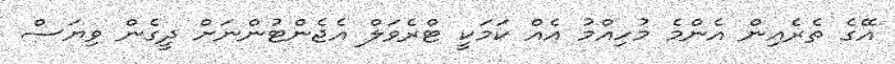
އޭގެ ތެރެއިން އެންމެ މުހިއްމު އެއް ކަމަކީ ޓްރެވަލް އެޖެންޓުންނަށް ދީގެން ވިޔަސް